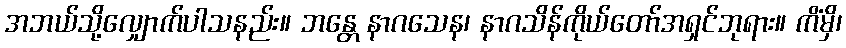
အဘယ်သို့လျှောက်ပါသနည်း။ ဘန္တေ နာဂသေန၊ နာဂသိန်ကိုယ်တော်အရှင်ဘုရား။ ကိံမှိ၊